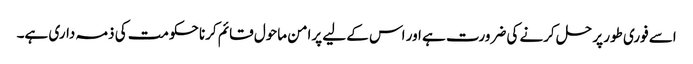
اسے فوری طور پر حل کرنے کی ضرورت ہے اور اس کے لیے پرامن ماحول قائم کرنا حکومت کی ذمہ داری ہے۔